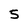
Character: 5